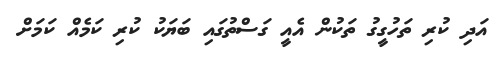
އަދި ކުރި ތަހުގީގު ތަކުން އެއީ ގަސްތުގައި ބަޔަކު ކުރި ކަމެއް ކަމަށް